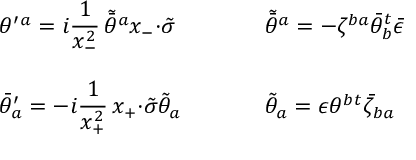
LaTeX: \begin{array} { l l } { { \theta ^ { \prime } { } ^ { a } = i \displaystyle { \frac { 1 } { x _ { - } ^ { 2 } } \, \tilde { \bar { \theta } } { } ^ { a } x _ { - } { \cdot \tilde { \sigma } } } ~ ~ ~ ~ } } & { { ~ ~ ~ ~ \tilde { \bar { \theta } } { } ^ { a } = - \zeta ^ { b a } \bar { \theta } _ { b } ^ { t } \bar { \epsilon } } } \\ { { { } } } & { { { } } } \\ { { \bar { \theta } _ { a } ^ { \prime } = - i \displaystyle { \frac { 1 } { x _ { + } ^ { 2 } } \, x _ { + } { \cdot \tilde { \sigma } } \tilde { \theta } _ { a } } ~ ~ ~ ~ } } & { { ~ ~ ~ ~ \tilde { \theta } _ { a } = \epsilon \theta ^ { b } { } ^ { t } \bar { \zeta } _ { b a } } } \end{array}